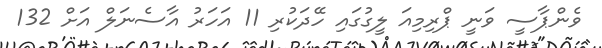
ވެންޕާސީ ވަނީ ޕްރިމިއަ ލީގުގައި ހޭދަކުރި 11 އަހަރު އާސެނަލް އަށް 132